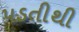
પડતીથી